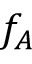
f _ { A }